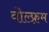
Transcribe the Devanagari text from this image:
वोल्फ़्रम